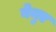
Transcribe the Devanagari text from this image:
बेनुए